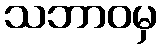
သဘာဝမှ